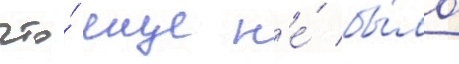
что́ еще н'е́ бы́ло